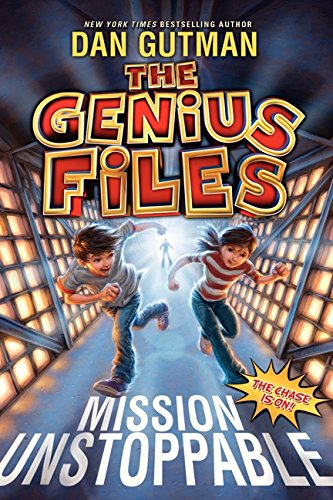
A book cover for The Genius Files: Mission Unstoppable; Dan Gutman; Children's Books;